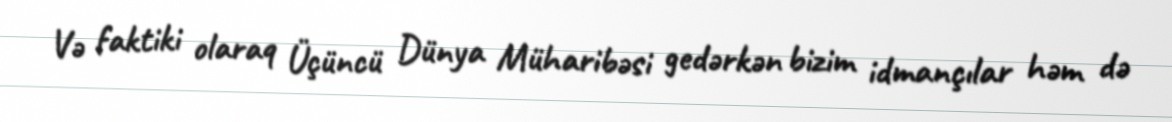
Və faktiki olaraq Üçüncü Dünya Müharibəsi gedərkən bizim idmançılar həm də